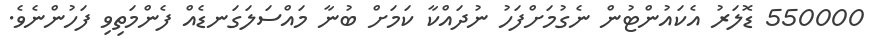
550000 ޑޮލަރު އެކައުންޓުން ނެގުމަށްފަހު ނުދައްކާ ކަމަށް ބުނާ މައްސަލަގަނޑެއް ފެންމަތިވި ފަހުންނެވެ.